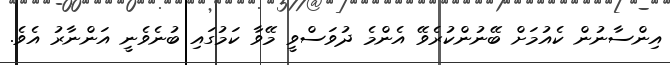
އިންސާނުން ކެއުމަށް ބޭނުންކުރެވޭ އެންމެ ދުވަސްވީ މޭވާ ކަމުގައި ބުނެވެނީ އަންނާރު އެވެ.